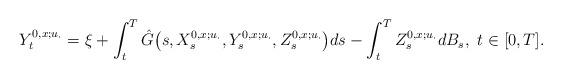
LaTeX: \begin{align*}Y_t^{0,x;u_{\cdot}} &= \xi + \int_t^T \hat{G}\bigl(s, X_s^{0,x;u_{\cdot}}, Y_s^{0,x;u_{\cdot}}, Z_s^{0,x;u_{\cdot}}\bigr) ds - \int_t^T Z_s^{0,x; u_{\cdot}} dB_s, \,\, t \in [0, T].\end{align*}